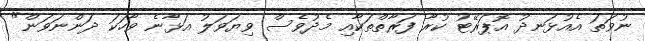
ނުވަތަ އެއުޅަނދު އޮޕަރޭޓު ކުރާ ފަރާތްތަކާއި މެދުވެސް ވިޔަވަލު އަޅާނެ ވާހަކަ ދަންނަވަން"